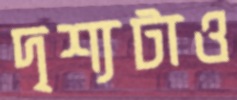
দৃশ্যটাও